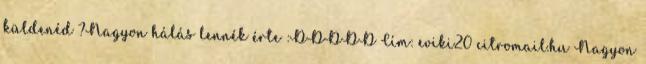
küldenéd ?Nagyon hálás lennék érte :DDDDD Cím: eviki20 citromail.hu Nagyon